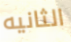
الثانيه